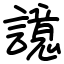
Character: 譩